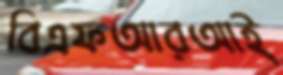
বিএফআরআই